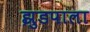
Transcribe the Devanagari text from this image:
झुडपाला